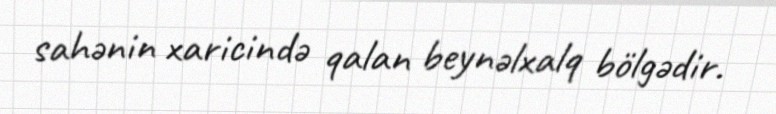
sahənin xaricində qalan beynəlxalq bölgədir.